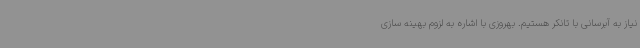
نیاز به آبرسانی با تانکر هستیم. بهروزی با اشاره به لزوم بهینه سازی